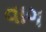
વાગ